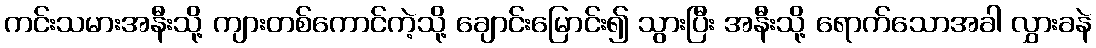
ကင်းသမားအနီးသို့ ကျားတစ်ကောင်ကဲ့သို့ ချောင်းမြောင်း၍ သွားပြီး အနီးသို့ ရောက်သောအခါ လွှားခနဲ